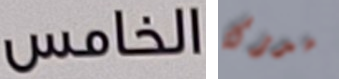
الخامس مدركة